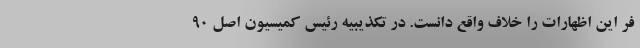
فر این اظهارات را خلاف واقع دانست. در تکذیبیه رئیس کمیسیون اصل ۹۰